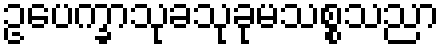
ဥပေက္ခာသုခသုခုမသစ္စသညာ